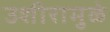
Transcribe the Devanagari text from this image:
उशीरामुळे